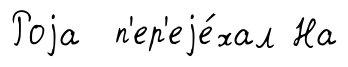
Роjа п'ер'еjе́хал На